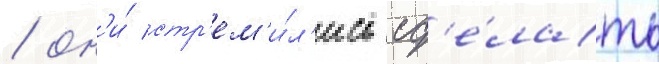
/ он'и́ стр'ем'и́л'ись сд'е́лать